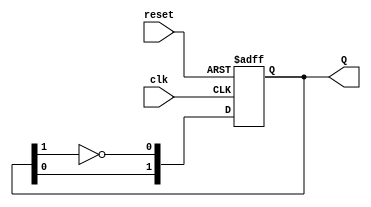
module dual_stage_johnson_counter (
    input wire clk,        // Clock signal
    input wire reset,      // Asynchronous reset signal
    output reg [1:0] Q     // 2-bit output representing the state of the counter
);

    // Internal signals for the flip-flops
    wire D0, D1;

    // Flip-flop for Q0
    always @(posedge clk or posedge reset) begin
        if (reset) begin
            Q <= 2'b00; // Initialize to 00 on reset
        end else begin
            Q[0] <= D0; // Update Q0
            Q[1] <= Q[0]; // Update Q1
        end
    end

    // Logic for D0 (input for Q0)
    assign D0 = ~Q[1]; // Inverted output of Q1

endmodule